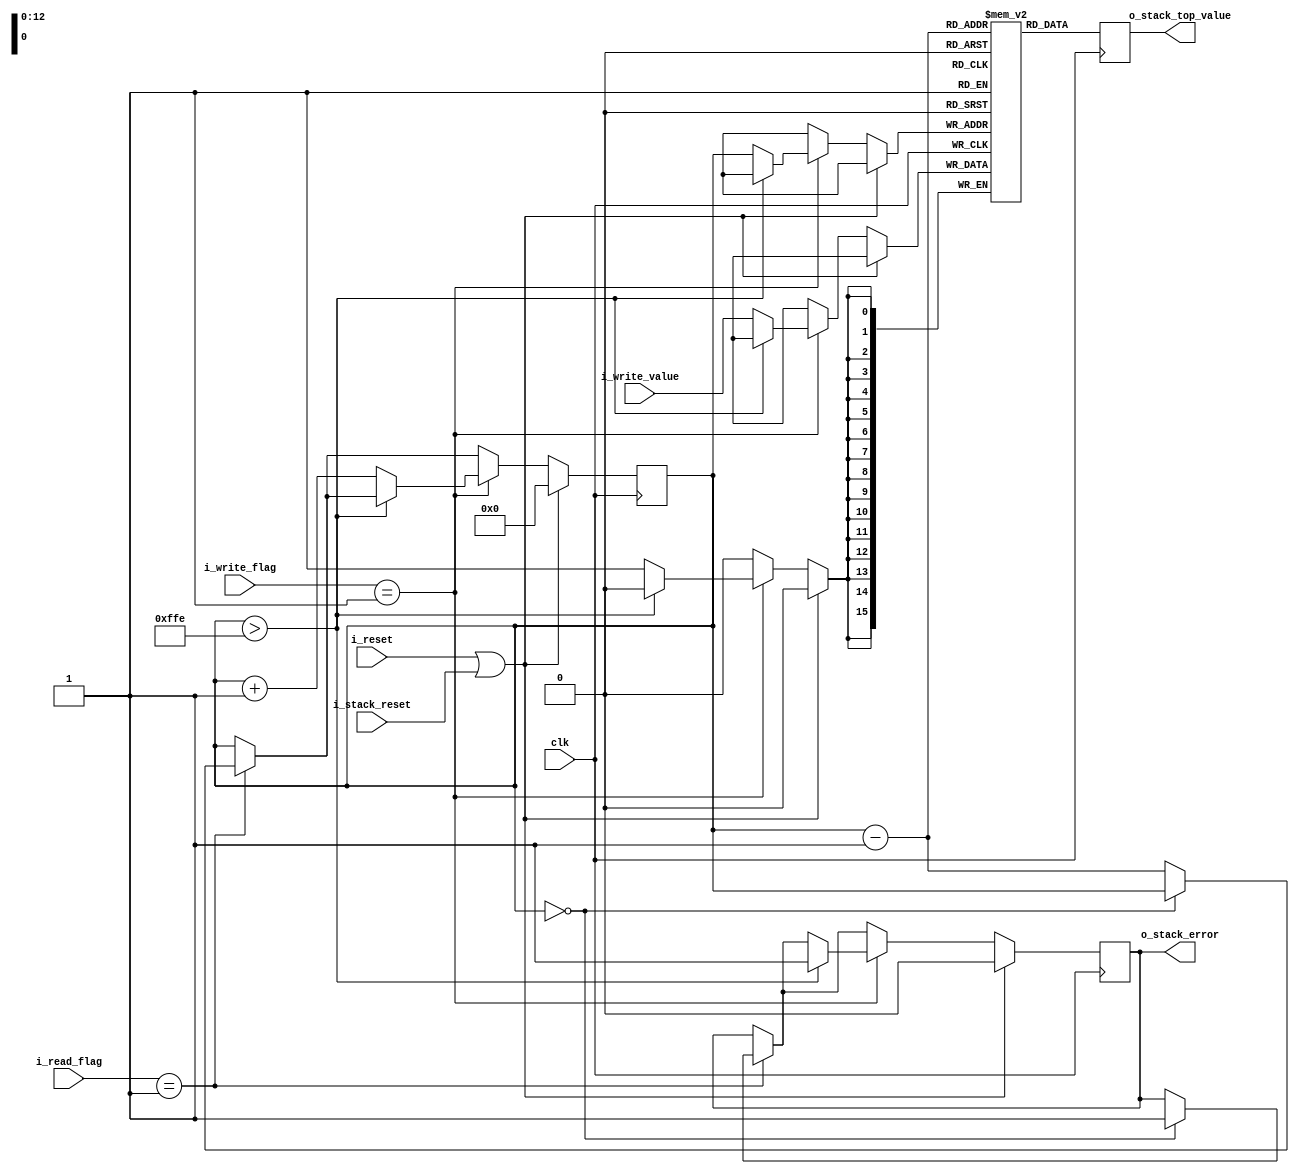
// Single-Port Block RAM No-Change Mode

module stack (
           input clk,
           input i_reset,
           input [1:0] i_read_flag, // 0 nothing, 1, one reg, 2 16 regs
           input [1:0] i_write_flag, // 0 nothing, 1, one reg, 2 16 regs
           input [15:0] i_write_value,
           input i_stack_reset,
           output reg [15:0] o_stack_top_value,
           output reg o_stack_error
       );

(* ram_style = "block" *) reg [15:0] RAM [4096:0];
reg [12:0] r_stack_pointer;
integer i;

initial
begin
    r_stack_pointer=15'h0;
    o_stack_error=1'b0;
end

always @(posedge clk)
begin
    if (i_reset||i_stack_reset)
    begin
        r_stack_pointer<=12'h0;
        o_stack_error<=1'b0;
    end //if (i_reset)
    else
    begin
        case (i_read_flag)
        2'h1: // read 1 reg
        begin
            if (r_stack_pointer==0)
            begin
                o_stack_error=1;
            end // if(r_stack_pointer==0)
            else
            begin
                r_stack_pointer<=r_stack_pointer-1;
            end // else if if(r_stack_pointer==0)
        end // if (i_read==1)
        default: ; // do nothing
        endcase //i_read_flag
        
             
        case (i_write_flag)
        2'h1:  // write 16 regs
        begin
            if (r_stack_pointer>4094)
            begin
                o_stack_error=1;
            end // if (r_stack_pointer>1022)
            else
            begin
                RAM[r_stack_pointer]<=i_write_value;
                r_stack_pointer<=r_stack_pointer+1;
            end // else if (r_stack_pointer>1022)
        end //if (i_write_flag==1)
        
        
        
        default: ; // do nothing
        endcase //i_read_flag
        
        
    end // else if (i_reset)
end // always clock

always @(posedge clk)
begin
    o_stack_top_value<=RAM[r_stack_pointer-1];
end

endmodule